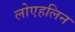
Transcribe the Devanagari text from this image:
लोएहलिन